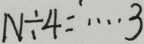
N \div 4 = \cdots 3